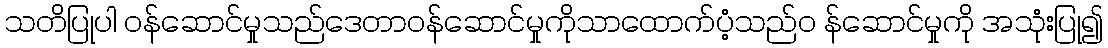
သတိပြုပါ ဝန်ဆောင်မှုသည်ဒေတာဝန်ဆောင်မှုကိုသာထောက်ပံ့သည်၀ န်ဆောင်မှုကို အသုံးပြု၍